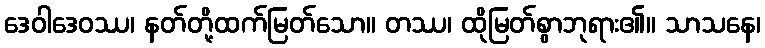
ဒေဝါဒေဝဿ၊ နတ်တို့ထက်မြတ်သော။ တဿ၊ ထိုမြတ်စွာဘုရား၏။ သာသနေ၊